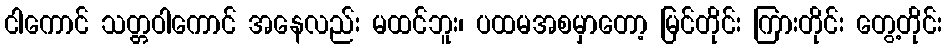
ငါကောင် သတ္တဝါကောင် အနေလည်း မထင်ဘူး၊ ပထမအစမှာတော့ မြင်တိုင်း ကြားတိုင်း တွေ့တိုင်း